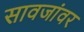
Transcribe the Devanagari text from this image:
सावजांवर